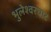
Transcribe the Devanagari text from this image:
भुलेश्वरघाट